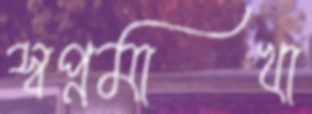
স্বপ্নমাখা